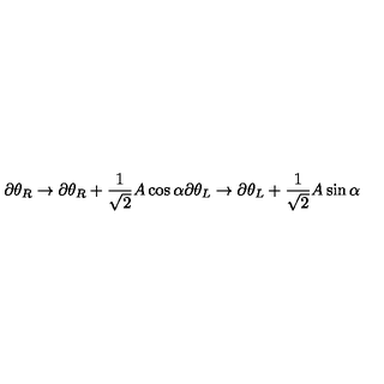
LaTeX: \partial \theta _ { R } \rightarrow \partial \theta _ { R } + \frac { 1 } { \sqrt { 2 } } A \cos \alpha \partial \theta _ { L } \rightarrow \partial \theta _ { L } + \frac { 1 } { \sqrt { 2 } } A \sin \alpha